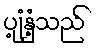
ပျံ့နှံ့သည်